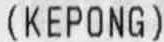
(KEPONG)